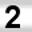
Digit: 2